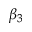
\beta _ { 3 }